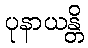
ပုနာယန္တိ